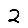
Digit: 2